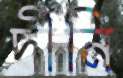
দীনি